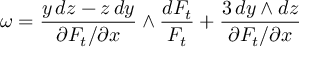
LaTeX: \omega = { \frac { y \, d z - z \, d y } { \partial F _ { t } / \partial x } } \wedge { \frac { d F _ { t } } { F _ { t } } } + { \frac { 3 \, d y \wedge d z } { \partial F _ { t } / \partial x } }